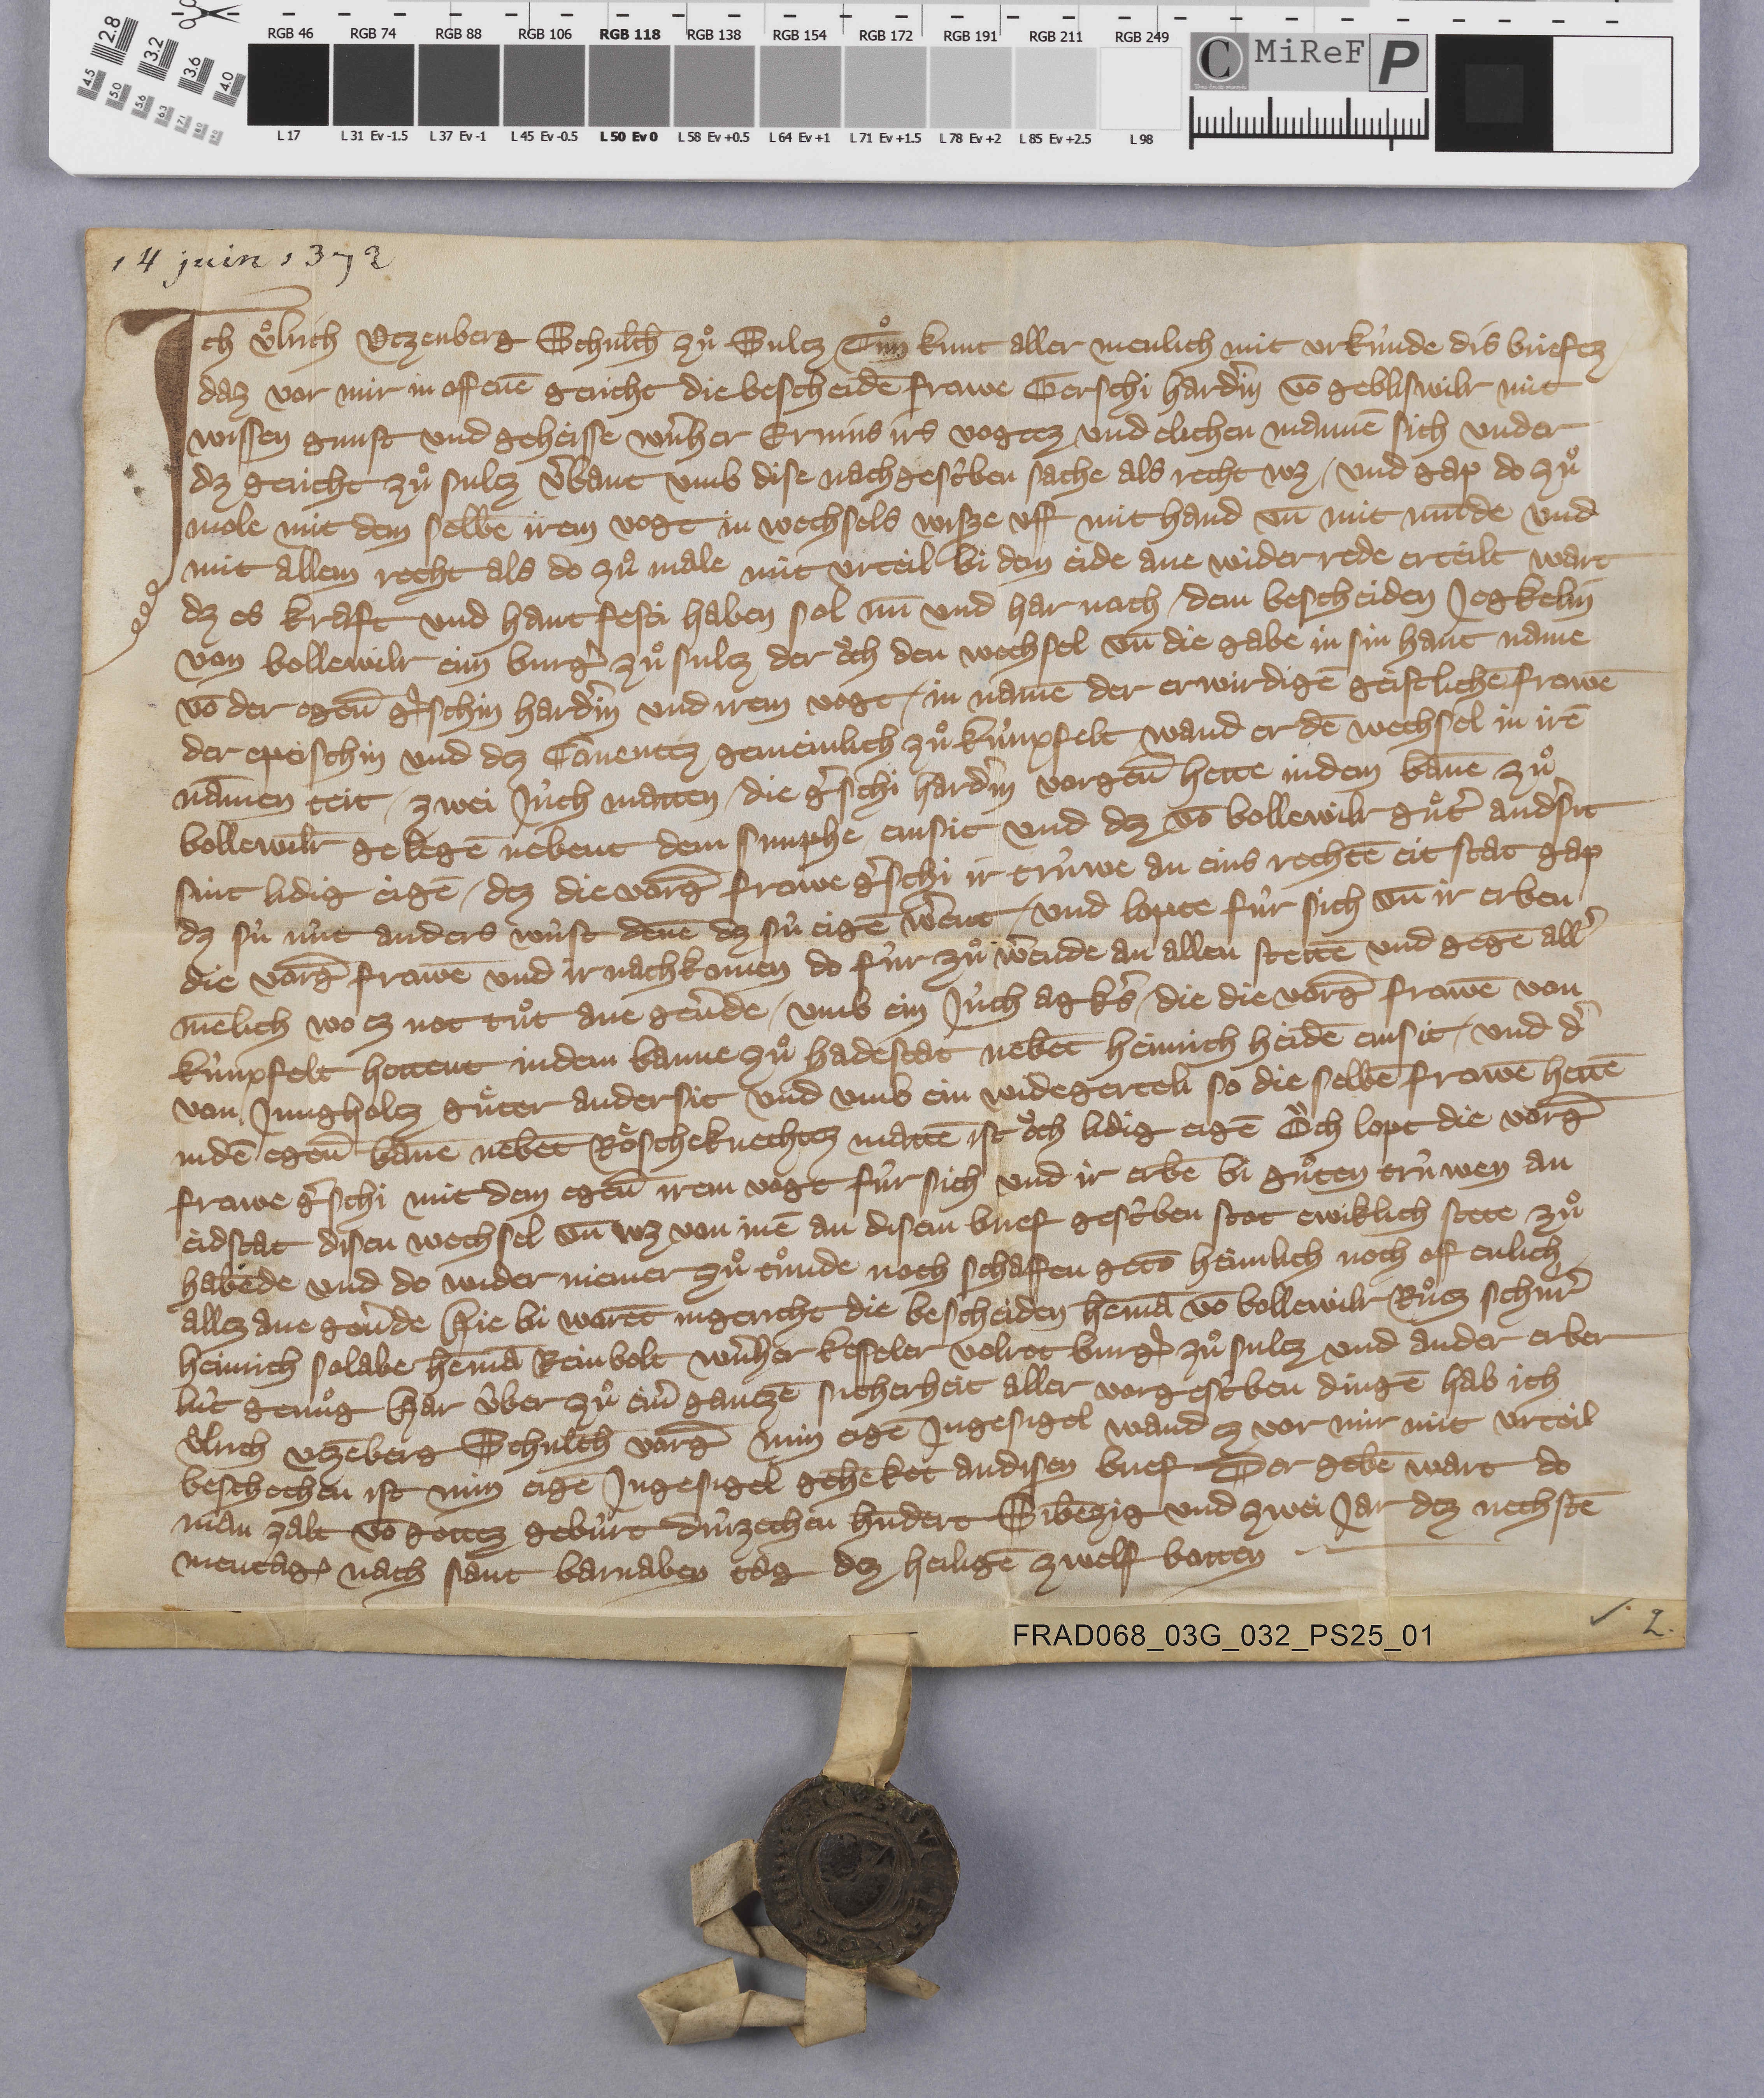
14 juin 1372

Ich Uͦlrich Utzenberg schulth̄ zuͦ Sultz tuͦn kunt aller menlich mit urkûnde dis briefez
daz vor mir in offenē gericht die bescheidē frowe Gerschi Hardˀin vō Gebliswilr mit
wissen gunst und geheisse Wˀnher Ernins irs vogtez und elichen mannē sich under
dz gericht zuͦ Sultz vˀbant umb dise nachgescˀben sache als recht wz ✳ und gap do zuͦ
mole mit dem selbē irem vogt in wechsels wisze uff mit hand un̄ mit mūde und
mit allem recht als do zuͦ male mit urteil bi dem eide ane widerrede erteilt wart
dz es kraft und hant festi haben sol nū und her nach ✳ dem bescheiden Jegkelin
von Bollewilr ein burgˀ zuͦ Sultz der oͧch den wechsel un̄ die gabe in sin hant name
vō der egen̄ Gˀschin Hardˀin und irem vogt ✳ in namē der erwirdigē geistlichē frowē
der eptischin und dez cōventez gemeinlich zuͦ Kùnxfelt ✳ wand er dē wechsel in irē
nāmen teit ✳ zwei jûch matten ✳ die Gˀschi Hardˀin vorgen̄ hette indem ban̄e zuͦ
Bollewil̄r gelegē nebent dem sunphe ✳ einsit und dz vō Bollewilr guͤtˀ andˀsit
sint lidig eigē ✳ dez die vorḡ frowe Gˀschi ir trûwe an eins rechtē eit stat gap
dz sû nût anders wûst den̄e dz sû eigē wˀent ✳ und lopte fûr sich un̄ ir erben
die vorḡ frowē und ir nachkomen do fûr zuͦ wˀende an allen stettē und gegē allˀ
mēlich wo ez not tuͦt ane gevˀde ✳ umb ein jûch agkˀs ✳ die die vorḡ frowē von
Kûnxfelt hettent indem banne zuͦ Hadestat nebēt Heinrich Heidē einsit ✳ und dˀ
von Jungholtz guͤter andersit und umb ein widegerteli so die selbē frowē hettē
indē egen̄ ban̄e nebēt Roͤscheknechtez mattē ist oͧch lidig eigē oͧch lopt die vorḡ
frowe Gˀschi mit dem egen̄ irem vogt fûr sich und ir erbē bi guͦten trûwen an
eidstat disen wechsel un̄ wz von inē an disem brief gescˀben stot ewiklich stete zuͦ
habēde und do wider niemer zuͦ tuͦnde noch schaffen getō heimlich noch offenlich
allez ane gevˀde hie bi warēt ingericht die bescheiden Hem̄a vō Bollewilr Ruͦtz Schùrˀ
Heinrich Solaber Hem̄a Reinbolt Wˀnher Kesseler Volrot burgˀ zuͦ Sultz und ander erber
lût genuͦg har ûber zuͦ einˀ gantzē sicherheit aller vorgescˀben dingē hab ich
Uͦlrich Utzēberg schulth̄ vorḡ min eigē ingesigel wand es vor mir mit urteil
beschochen ist min eigē ingesigel gehēket andisen biref der gebē wart do
man zalt vō gottez gebûrt drûzechen hūdert sibēzig und zwei jar dez nechstē
mentag₎ nach sant Barnaben tag dez heiligē zwelf botten. ✳